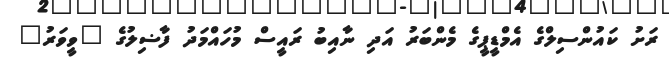
ރަށު ކައުންސިލްގެ އެމްޑީޕީގެ މެންބަރު އަދި ނާއިބު ރައީސް މުހައްމަދު ފާޟިލުގެ "ވީވަރު"